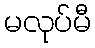
မလုပ်မီ